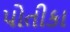
પોતીકા